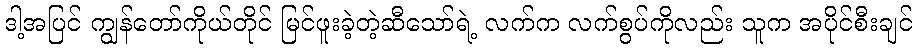
ဒါ့အပြင် ကျွန်တော်ကိုယ်တိုင် မြင်ဖူးခဲ့တဲ့ဆီသော်ရဲ့ လက်က လက်စွပ်ကိုလည်း သူက အပိုင်စီးချင်